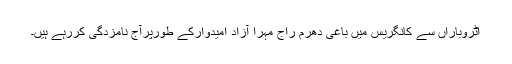
اٹروباراں سے کانگریس میں باغی دھرم راج مہرا آزاد امیدوارکے طورپرآج نامزدگی کررہے ہیں۔